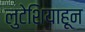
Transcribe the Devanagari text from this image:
लुटेशियाहून